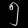
Digit: ၅